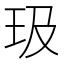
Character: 𪻏